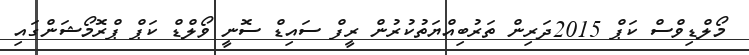
މޯލްޑިވްސް ކަޕް 2015ދަރިން ތަރުބިއްޔަތުކުރުން ރީފް ސައިޑް ސޮނީ ވޯލްޑް ކަޕް ޕްރޮމޯޝަންގައި